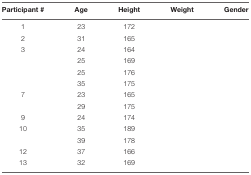
<table><thead><tr><td><b>Participant #</b></td><td><b>Age</b></td><td><b>Height</b></td><td><b>Weight</b></td><td><b>Gender</b></td></tr></thead><tbody><tr><td>1</td><td>23</td><td>172</td><td>[EMPTY_CELL]</td><td>[EMPTY_CELL]</td></tr><tr><td>2</td><td>31</td><td>165</td><td>[EMPTY_CELL]</td><td>[EMPTY_CELL]</td></tr><tr><td>3</td><td>24</td><td>164</td><td>[EMPTY_CELL]</td><td>[EMPTY_CELL]</td></tr><tr><td>[EMPTY_CELL]</td><td>25</td><td>169</td><td>[EMPTY_CELL]</td><td>[EMPTY_CELL]</td></tr><tr><td>[EMPTY_CELL]</td><td>25</td><td>176</td><td>[EMPTY_CELL]</td><td>[EMPTY_CELL]</td></tr><tr><td>[EMPTY_CELL]</td><td>35</td><td>175</td><td>[EMPTY_CELL]</td><td>[EMPTY_CELL]</td></tr><tr><td>7</td><td>23</td><td>165</td><td>[EMPTY_CELL]</td><td>[EMPTY_CELL]</td></tr><tr><td>[EMPTY_CELL]</td><td>29</td><td>175</td><td>[EMPTY_CELL]</td><td>[EMPTY_CELL]</td></tr><tr><td>9</td><td>24</td><td>174</td><td>[EMPTY_CELL]</td><td>[EMPTY_CELL]</td></tr><tr><td>10</td><td>35</td><td>189</td><td>[EMPTY_CELL]</td><td>[EMPTY_CELL]</td></tr><tr><td>[EMPTY_CELL]</td><td>39</td><td>178</td><td>[EMPTY_CELL]</td><td>[EMPTY_CELL]</td></tr><tr><td>12</td><td>37</td><td>166</td><td>[EMPTY_CELL]</td><td>[EMPTY_CELL]</td></tr><tr><td>13</td><td>32</td><td>169</td><td>[EMPTY_CELL]</td><td>[EMPTY_CELL]</td></tr></tbody></table>